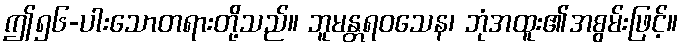
ဤ၅၆-ပါးသောတရားတို့သည်။ ဘူမန္တရဝသေန၊ ဘုံအထူး၏အစွမ်းဖြင့်။